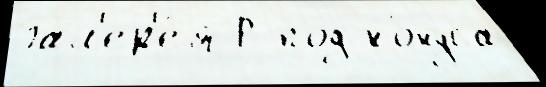
Гал'ер'е́я Р под ко́нуса